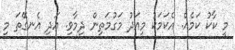
މީ ކާކު ކަމެއް. އެކަމަކު މިއަދު މަގުމަތިން ދިމާވި. އަދި އެނގޭތަ މި